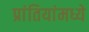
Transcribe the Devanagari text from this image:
प्रांतियांमध्ये